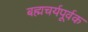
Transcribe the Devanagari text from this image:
बह्मचर्यपूर्वक